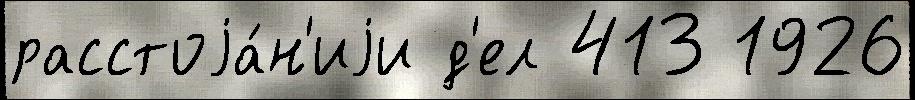
расстоjа́н'иjи д'ел 413 1926